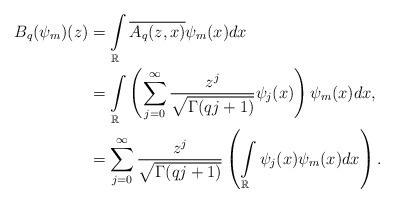
LaTeX: \begin{align*}B_q(\psi_m)(z) &= \int\limits_{\mathbb R} \overline{ A_q(z,x)} \psi_m(x)dx \\&=\int\limits_{\mathbb R}\left( \sum_{j=0}^{\infty} \frac{z^j}{\sqrt{\Gamma(qj+1)}} \psi_j(x)\right)\psi_m(x) dx,\\ &=\sum_{j=0}^{\infty}\frac{z^j}{\sqrt{\Gamma(qj+1)}}\left(\int\limits_{\mathbb R}\psi_j(x)\psi_m(x)dx\right).\\\end{align*}